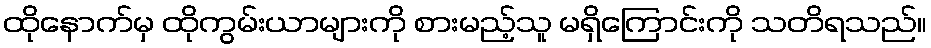
ထိုနောက်မှ ထိုကွမ်းယာများကို စားမည့်သူ မရှိကြောင်းကို သတိရသည်။